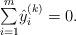
LaTeX: \begin{align*}\begin{array}{c}\underset{i=1}{\overset{m}{\sum}}\hat{y}_{i}^{(k)}=0.\end{array}\end{align*}